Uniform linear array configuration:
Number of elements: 64
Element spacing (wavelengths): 1
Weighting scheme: kaiser
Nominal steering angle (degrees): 15
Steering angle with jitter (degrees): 13.373
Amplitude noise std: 0.05
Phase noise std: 0.05

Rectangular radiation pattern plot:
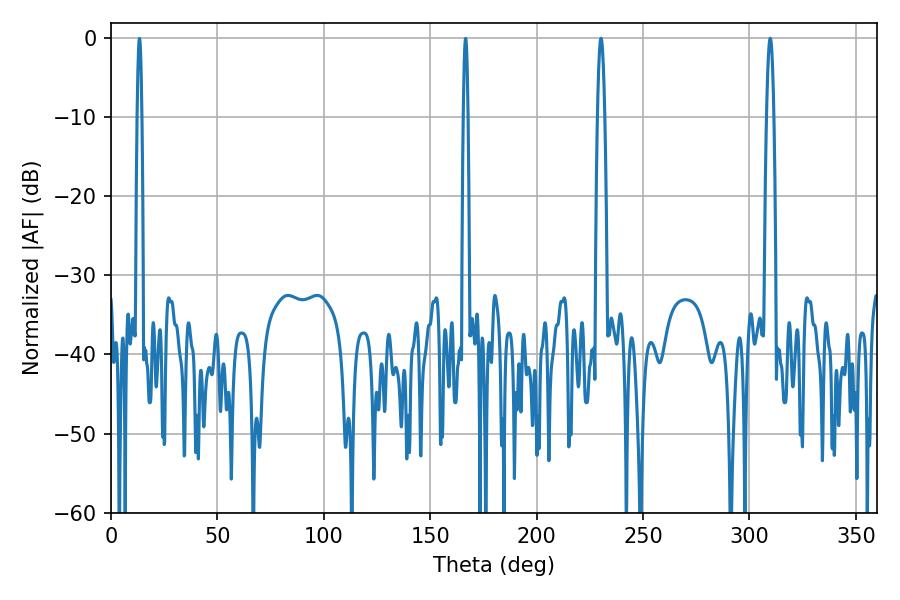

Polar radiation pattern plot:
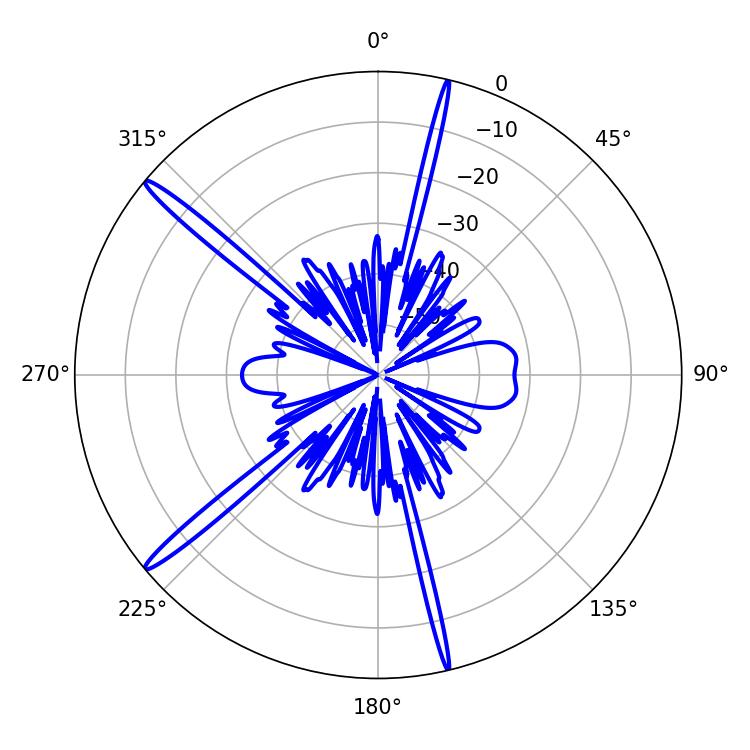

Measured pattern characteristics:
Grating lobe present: TRUE
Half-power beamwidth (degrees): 1.8
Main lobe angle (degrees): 230.22